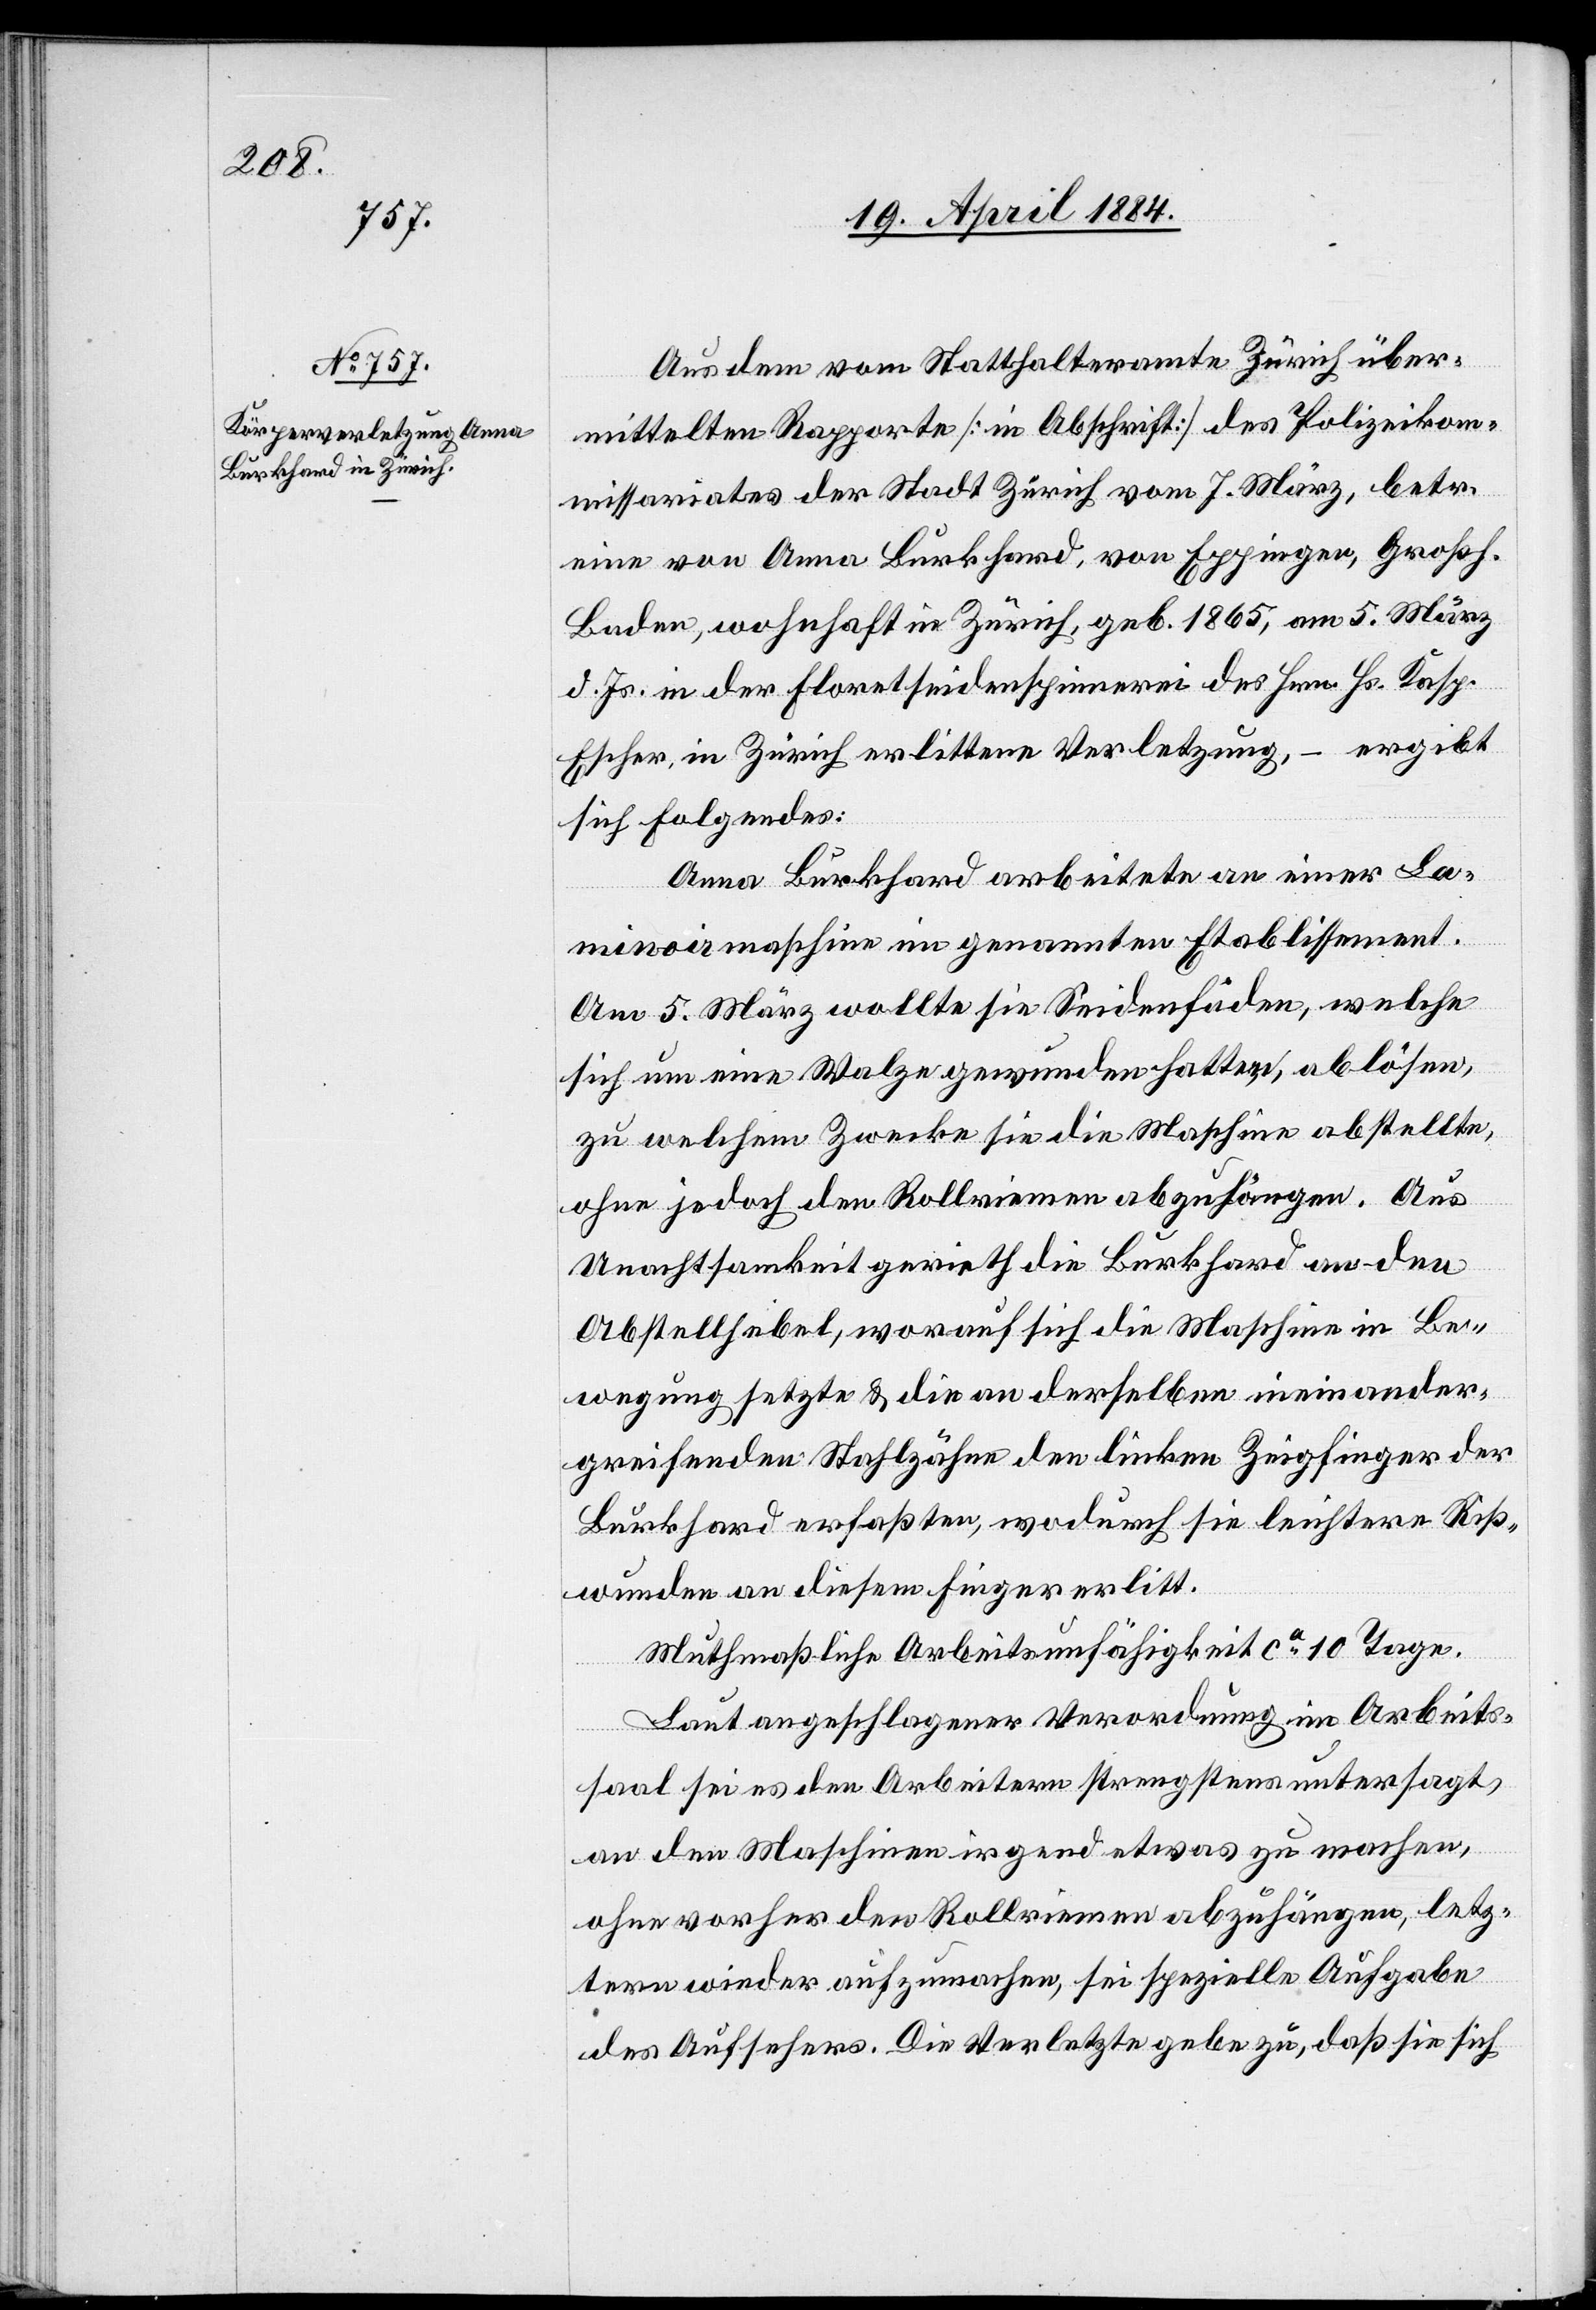
Aus dem vom Statthalteramte Zürich über¬
mittelten Rapporte [in Abschrift] des Polizeikom¬
missariates der Stadt Zürich vom 7. März, betr.
eine von Anna Burkhard, von Eppingen, Großh.
Baden, wohnhaft in Zürich, geb. 1865, am 5. März
d. Js. in der Floretseidenspinnerei des Hrn. Hs. Kasp.
Escher, in Zürich erlittene Verletzung, – ergibt
sich Folgendes:
Anna Burkhard arbeitete an einer La¬
minoirmaschine im genannten Etablissement.
Am 5. März wollte sie Seidenfäden, welche
sich um eine Walze gewunden hatten, ablösen
zu welchem zwecke sie die Maschine abstellte,
ohne jedoch den Rollriemen abzuhängen. Aus
Unachtsamkeit gerieth die Burkhard an den
Abstellhebel, worauf sich die Maschine in Be¬
wegung setzte & die an derselben ineinander¬
greifenden Stahlzähne den linken Zeigfinger der
Burkhard erfaßten, wodurch sie leichtere Riß¬
wunden an diesem Finger erlitt.
Muthmaßliche Arbeitsunfähigkeit ca 10 Tage.
Laut angeschlagener Verordnung im Arbeits¬
saal sei es den Arbeitern strengstens untersagt,
an den Maschinen irgend etwas zu machen,
ohne vorher den Rollriemen abzuhängen, letz¬
tern wieder aufzumachen, sei spezielle Aufgabe
des Aufsehers. Die Verletzte gebe zu, daß sie sich